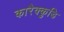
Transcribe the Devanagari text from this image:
कारैक्कुडि